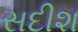
સદીશ